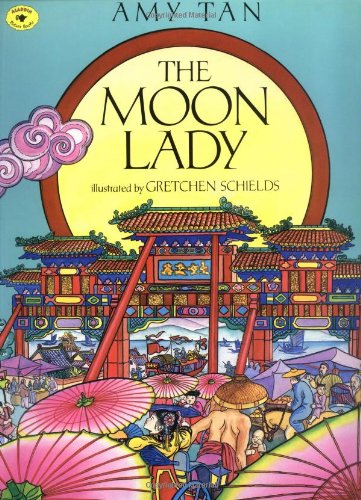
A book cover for The Moon Lady (Aladdin Picture Books); Amy Tan; Literature & Fiction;